NAE_kihelkonnakohtute_kirjad_ja_protokollid_1869-1889, lk 5
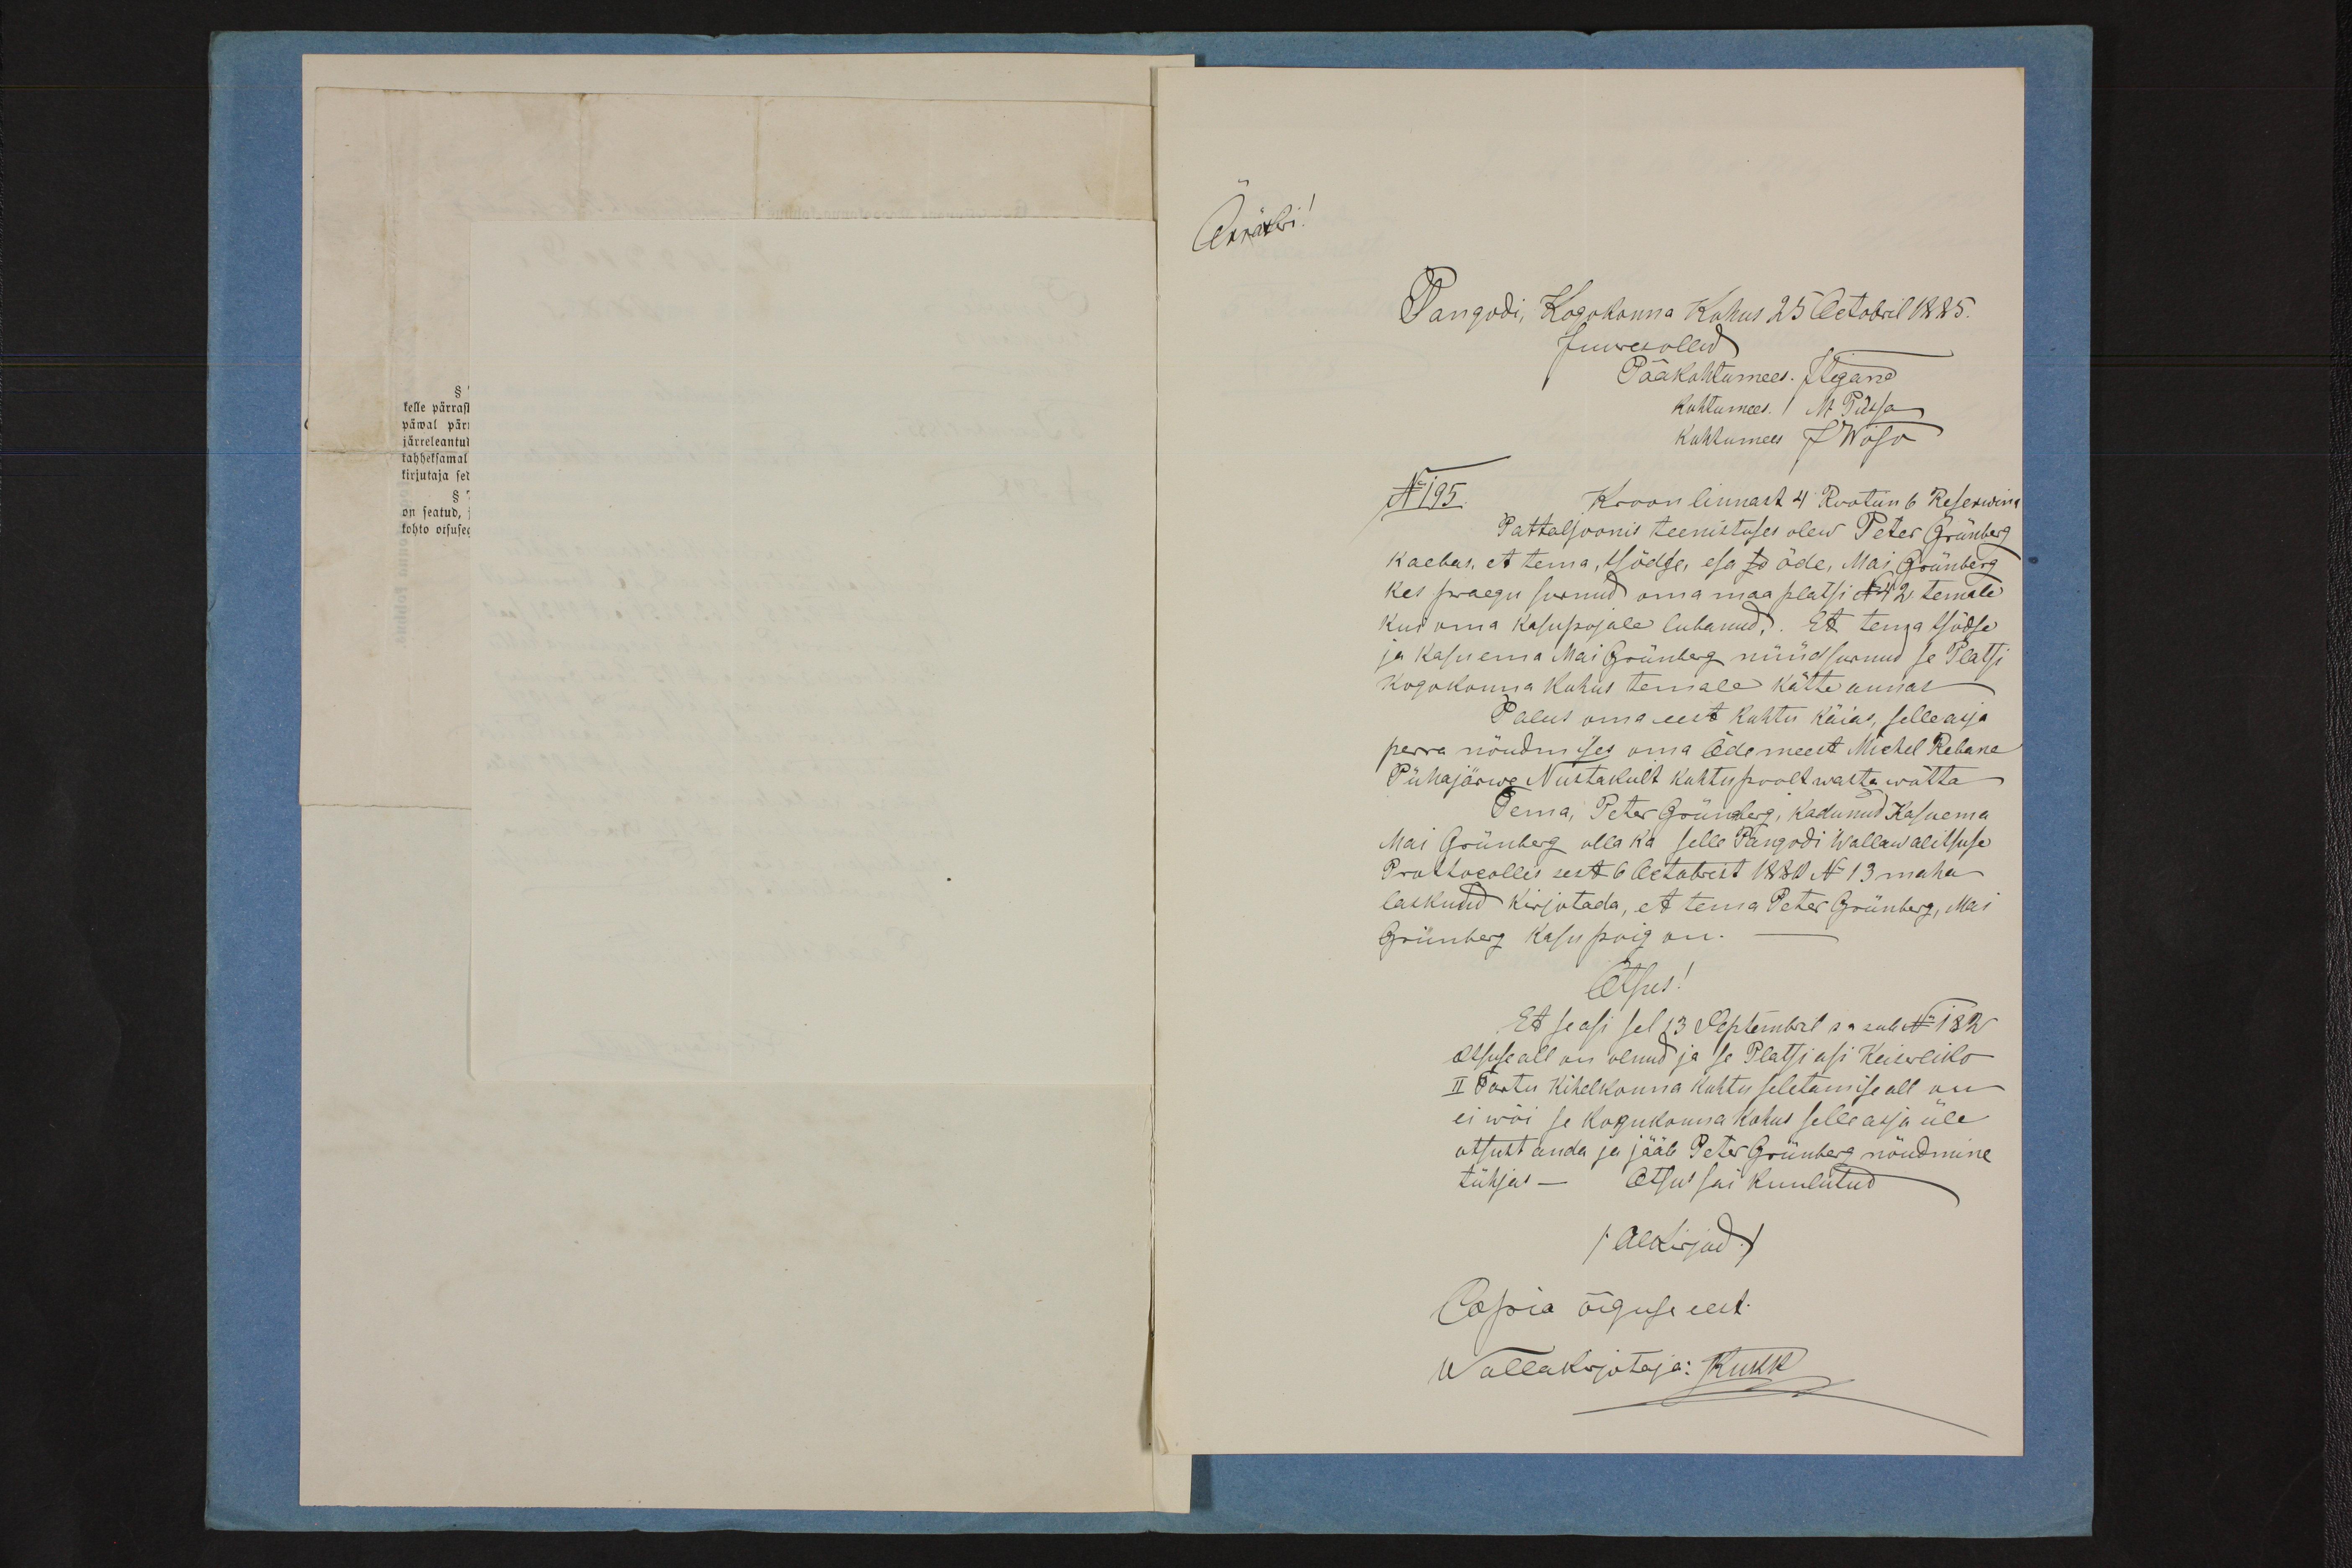
Ärakiri.

Pangodi, Kogokonna Kohus 25 Octobril 1885.
juuresollid
Kroonlinnast 4 Rootun 6 Reserwik
N195.
Pattaljoonis teenistuses olew Peter Grünberg
kaebas, et tema, 4 ödse, esa so õde, Mai Grünberg
kes paegu surnud oma maa platsi N42 temale
kui oma kasupojale lubanud.. Et tema 4 õdse
ja kasu ema Mai Grünberg nüüd surnud se Platsi
kogukonna kohus temale kätte annas
Palus oma eest kohtu käia, selle aeja
perra nõudmises oma õdemeest Michel Rebane
Pühajärwe Nustakult kohtu poolt wasta wõtta
Tema, Peter Grünberg, kadunud Kasuema
Mai Grünberg olla ka selle Pangodi Wallawalitsuse
Protokollis sest 6 Oetabrist 1830 N13 maha
laskund kirjutada, et tema Peter Grünberg, Mai
Grünberg kasu poig on.
Otsus!
Et se asi sel 13 Septembril sa sub N182
Otsule all on olnud ja se Platsi asi Keisreliko
II Tartu kihelkonna kohtu seletamise all on
ei wõi se kogukonna kohus selle asja üle
otsust anda ja jääb Pete Grünberg nõudmine
tühjas - Otsus sai kuulutud
/Allkirjud/
Copia õiguse eest
Wallakirjotaja: JKukk